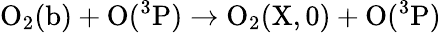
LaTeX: \mathrm{O_{2}(b)+O(^{3}P)\rightarrow O_{2}(X,0)+O(^{3}P)}